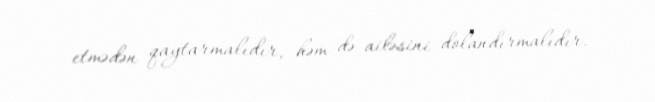
etmədən qaytarmalıdır, həm də ailəsini dolandırmalıdır.